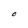
Character: O